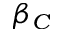
\beta _ { C }